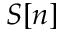
S [ n ]